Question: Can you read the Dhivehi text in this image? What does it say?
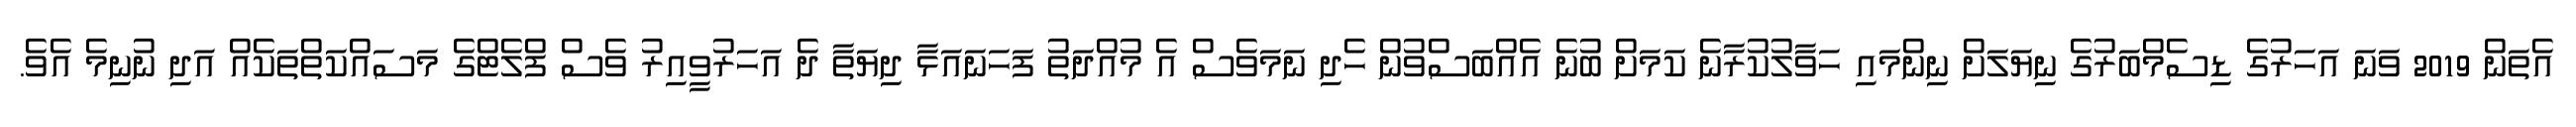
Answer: އެތަން 2019 ވަނަ އަހަރުގެ ޑިސެމްބަރުގެ ނިޔަލަށް ނިންމައި ހަވާލުކުރާނެ ކަމަށް ބުނެ އެއްބަސްވުން ހެދި ނަމަވެސް އެ މުއްދަތު ފަހަނައަޅާ ދިޔަތާ ދެ އަހަރުވީއިރު ވެސް ފްލެޓްގެ މަސައްކަތްތަކެއް އަދި ނުނިމެ އެވެ.